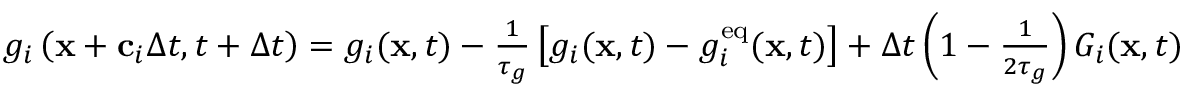
\begin{array} { r } { g _ { i } \left( \mathbf { x } + \mathbf { c } _ { i } \Delta t , t + \Delta t \right) = g _ { i } ( \mathbf { x } , t ) - \frac { 1 } { \tau _ { g } } \left[ g _ { i } ( \mathbf { x } , t ) - g _ { i } ^ { \mathrm { e q } } ( \mathbf { x } , t ) \right] + \Delta t \left( 1 - \frac { 1 } { 2 \tau _ { g } } \right) G _ { i } ( \mathbf { x } , t ) , } \end{array}